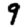
Digit: 9